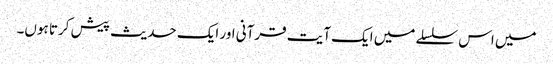
میں اس سلسلے میں ایک آیت قرآنی اور ایک حدیث پیش کرتا ہوں۔